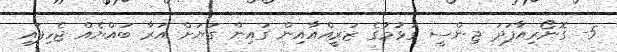
5- ގޮނޯރިއާފަދަ ޖިންސީ ގުޅުމުގެ ޒަރީއްއާއިން ގައިން ގަޔަށް އަރާ ބައްޔެއް ޖެހިފައި